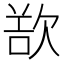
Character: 𣣔